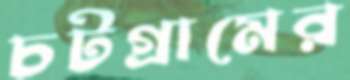
চটগ্রামের